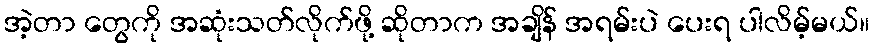
အဲ့တာ တွေကို အဆုံးသတ်လိုက်ဖို့ ဆိုတာက အချိန် အရမ်းပဲ ပေးရ ပါလိမ့်မယ်။